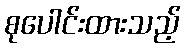
စုပေါင်းထားသည့်